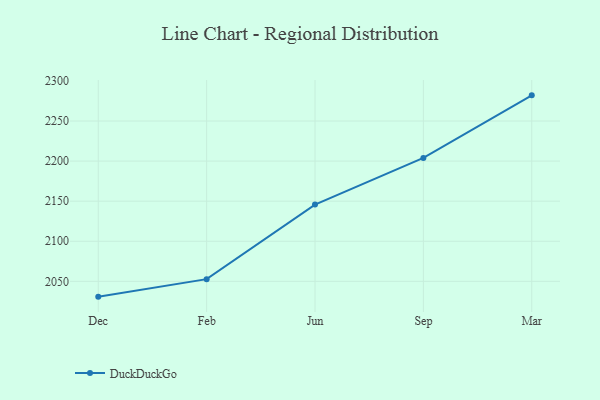
{"axis": {"x": "Month", "y": "Gross Profit (USD K)"}, "legend": ["DuckDuckGo"], "data": [{"x": "Dec", "y": 2030.9, "type": "DuckDuckGo"}, {"x": "Feb", "y": 2052.7, "type": "DuckDuckGo"}, {"x": "Jun", "y": 2145.7, "type": "DuckDuckGo"}, {"x": "Sep", "y": 2204.0, "type": "DuckDuckGo"}, {"x": "Mar", "y": 2282.0, "type": "DuckDuckGo"}]}